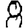
Digit: 8